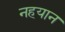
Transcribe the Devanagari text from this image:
नहयान